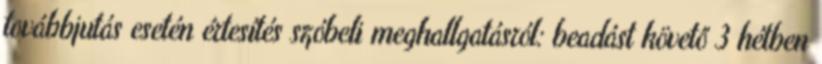
továbbjutás esetén értesítés szóbeli meghallgatásról: beadást követő 3 hétben